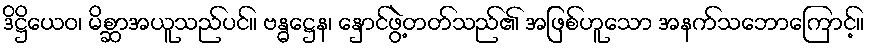
ဒိဋ္ဌိယေဝ၊ မိစ္ဆာအယူသည်ပင်။ ဗန္ဓဋ္ဌေန၊ နှောင်ဖွဲ့တတ်သည်၏ အဖြစ်ဟူသော အနက်သဘောကြောင့်။